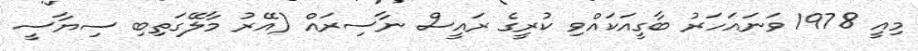
މިއިީ 1978 ވަނައަހަރު ބާގީއަކައްވި ކުރީގެ ރައީސް ނާސިރައް (އޭރު މާލޭގަތިބި ސިޔާސީ